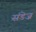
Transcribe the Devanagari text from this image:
संडेज़